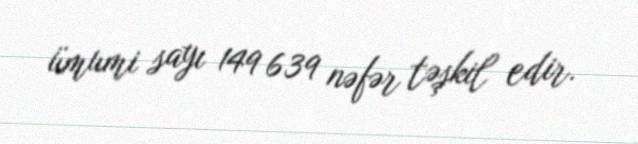
ümumi sayı 149 639 nəfər təşkil edir.